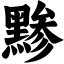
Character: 黪